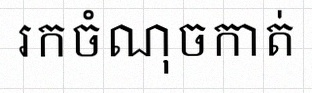
រកចំណុចកាត់